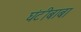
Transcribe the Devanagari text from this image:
घंटीबाबा